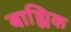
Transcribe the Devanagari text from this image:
बाह्यिक